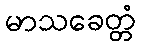
မာသခေတ္တံ